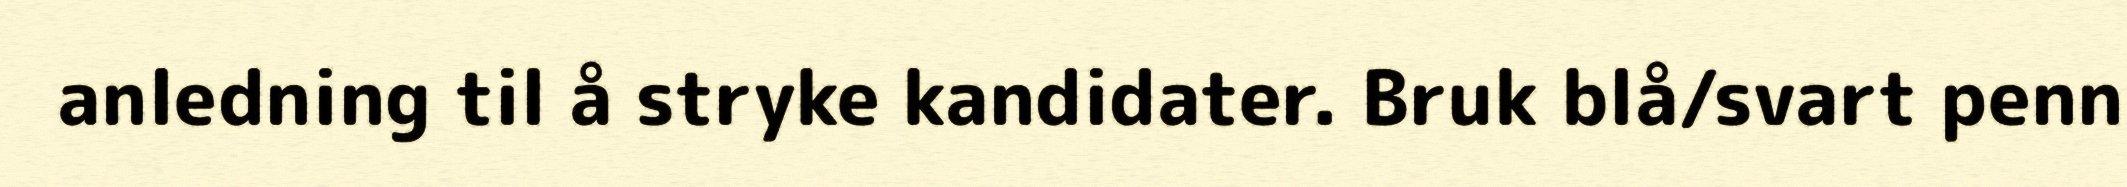
anledning til å stryke kandidater. Bruk blå/svart penn